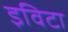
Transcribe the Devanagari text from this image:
इविटा